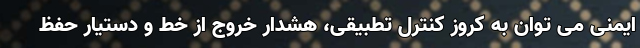
ایمنی می توان به کروز کنترل تطبیقی، هشدار خروج از خط و دستیار حفظ